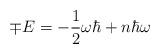
LaTeX: \begin{align*}\mp E=-\frac{1}{2}\omega\hbar + n\hbar\omega\end{align*}